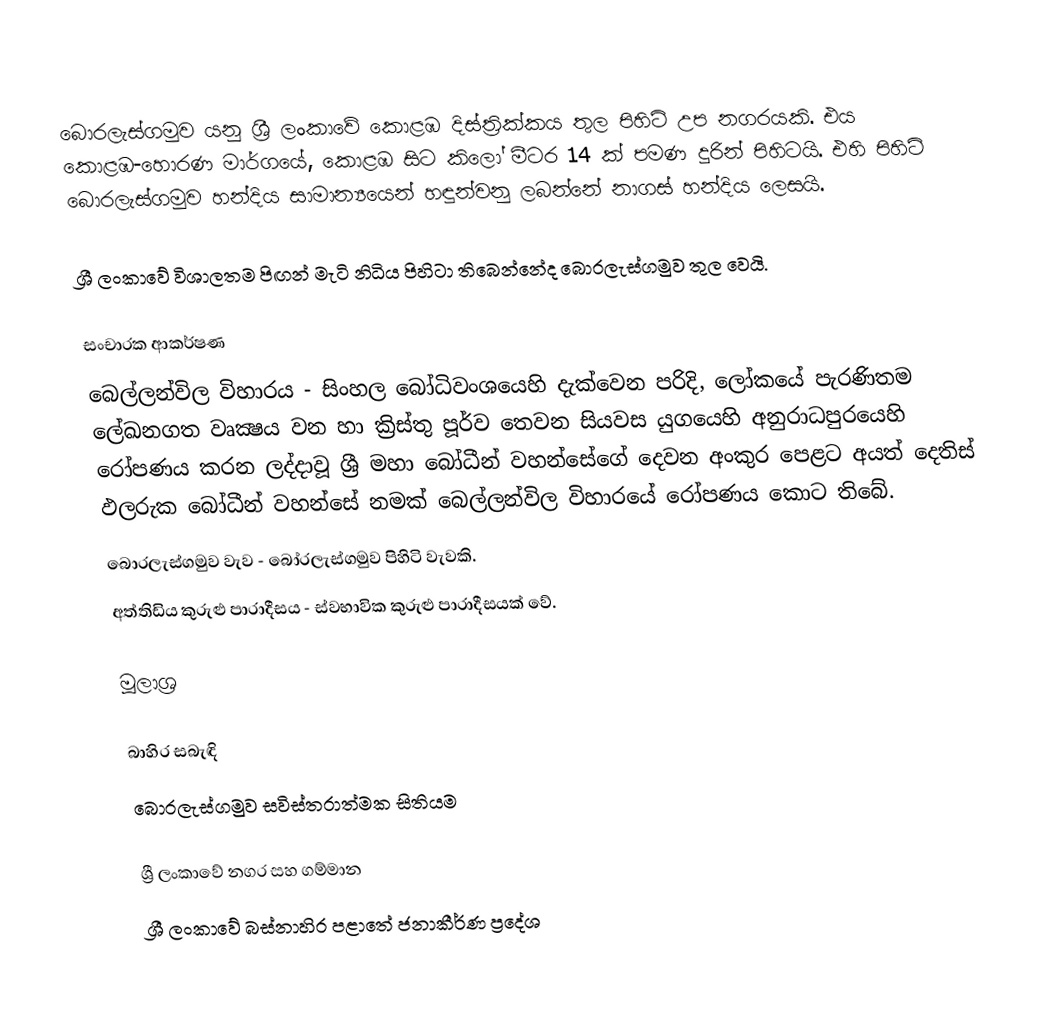
බොරලැස්ගමුව යනු ශ්‍රී ලංකාවේ කොළඹ දිස්ත්‍රික්කය තුල පිහිටි උප නගරයකි. එය කොළඹ-හොරණ මාර්ගයේ, කොළඹ සිට කිලෝ මීටර 14 ක් පමණ දුරින් පිහිටයි. එහි පිහිටි බොරලැස්ගමුව හන්දිය සාමාන්‍යයෙන් හඳුන්වනු ලබන්නේ නාගස් හන්දිය ලෙසයි.

ශ්‍රී ලංකාවේ විශාලතම පිඟන් මැටි නිධිය පිහිටා තිබෙන්නේද බොරලැස්ගමුව තුල වෙයි.

සංචාරක ආකර්ෂණ
බෙල්ලන්විල විහාරය - සිංහල බෝධිවංශයෙහි දැක්වෙන පරිදි, ලෝකයේ පැරණිතම ලේඛනගත වෘක්‍ෂය වන හා ක්‍රිස්තු පූර්ව තෙවන සියව‍ස යුගයෙහි අනුරාධපුරයෙහි රෝපණය කරන ලද්දාවූ ශ්‍රී මහා බෝධීන් වහන්සේගේ දෙවන අංකුර පෙළට අයත් දෙතිස් ඵලරුක බෝධීන් වහන්සේ නමක් බෙල්ලන්විල විහාරයේ රෝපණය කොට තිබේ.
බොරලැස්ගමුව වැව - බෝරලැස්ගමුව පිහිටි වැවකි.
අත්තිඩිය කුරුළු පාරාදීසය - ස්වභාවික කුරුළු පාරාදීසයක් වේ.

මූලාශ්‍ර

බාහිර සබැඳි
බොරලැස්ගමුව සවිස්තරාත්මක සිතියම

ශ්‍රී ලංකාවේ නගර සහ ගම්මාන
ශ්‍රී ලංකාවේ බස්නාහිර පළාතේ ජනාකීර්ණ ප්‍රදේශ